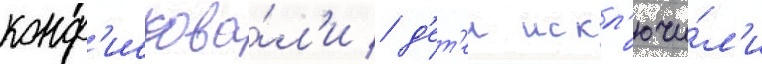
конф'искова́л'и / д'ет'еи искл'ючи́л'и